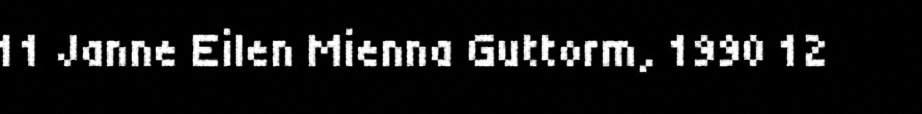
11 Janne Eilen Mienna Guttorm, 1990 12